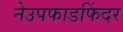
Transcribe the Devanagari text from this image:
नेउपफाडफिंदर